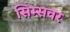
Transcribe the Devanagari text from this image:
सिम्सवर